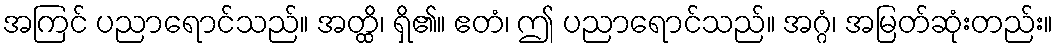
အကြင် ပညာရောင်သည်။ အတ္ထိ၊ ရှိ၏။ ဧတံ၊ ဤ ပညာရောင်သည်။ အဂ္ဂံ၊ အမြတ်ဆုံးတည်း။